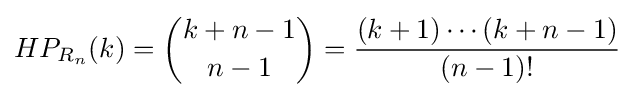
HP_{R_{n}}(k)={{k+n-1} \choose {n-1}}={\frac {(k+1)\cdots (k+n-1)}{(n-1)!}}